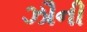
ઝૌની